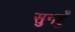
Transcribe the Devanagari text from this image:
सुनहुँ